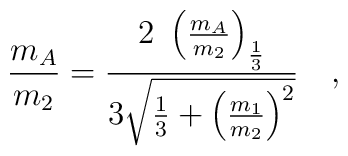
\frac{m_A}{m_2}=\frac{2~\left(\frac{m_A}{m_2}\right)_\frac{1}{3}}{3\sqrt{\frac{1}{3}+\left(\frac{m_1}{m_2}\right)^2}}\quad,